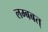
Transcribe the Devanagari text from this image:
लम्बबत्